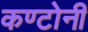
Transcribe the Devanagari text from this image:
कण्टोनी